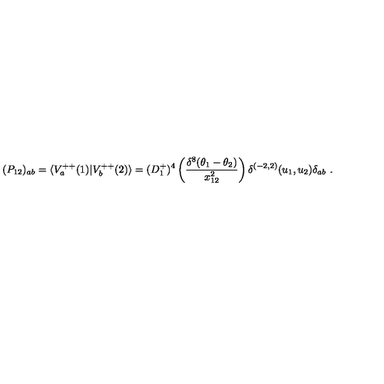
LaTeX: ( P _ { 1 2 } ) _ { a b } = \langle V _ { a } ^ { + + } ( 1 ) \vert V _ { b } ^ { + + } ( 2 ) \rangle = ( D _ { 1 } ^ { + } ) ^ { 4 } \left( { \frac { \delta ^ { 8 } ( \theta _ { 1 } - \theta _ { 2 } ) } { x _ { 1 2 } ^ { 2 } } } \right) \delta ^ { ( - 2 , 2 ) } ( u _ { 1 } , u _ { 2 } ) \delta _ { a b } \ .